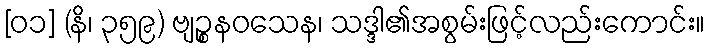
[၀၁] (နိ၊ ၃၅၉) ဗျဉ္စနဝသေန၊ သဒ္ဒါ၏အစွမ်းဖြင့်လည်းကောင်း။